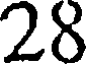
28